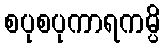
စပုစပုကာရကမ္ပိ